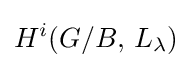
H^{i}(G/B,\,L_{\lambda })